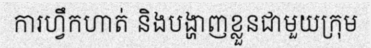
ការហ្វឹកហាត់ និងបង្ហាញខ្លួនជាមួយក្រុម